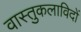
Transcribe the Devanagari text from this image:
वास्तुकलाविदों